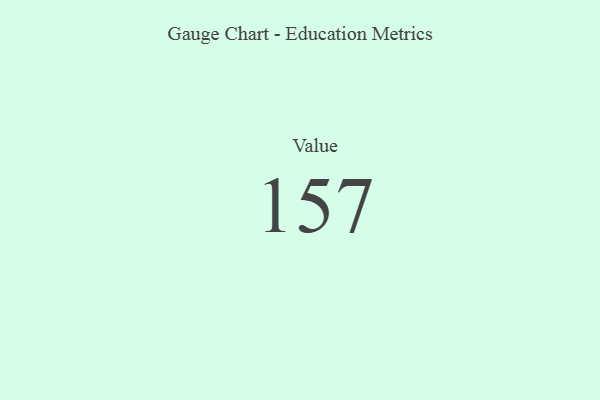
{"axis": {"x": "Metric", "y": "Value"}, "legend": [""], "data": [{"x": "Value", "y": 157, "type": ""}]}